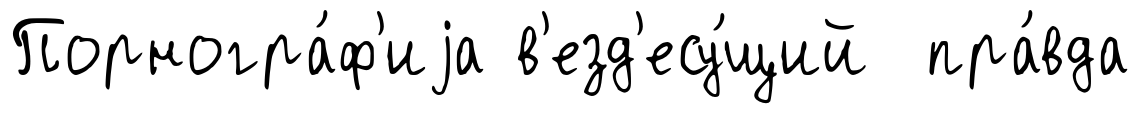
Порногра́ф'иjа в'езд'есу́щий пра́вда